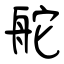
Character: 舵